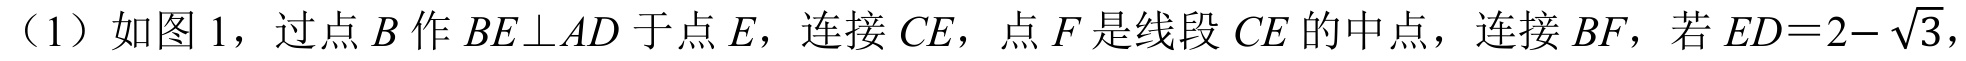
（1）如图 1，过点 \(B\) 作 \(BE\perp AD\) 于点 \(E\)，连接 \(CE\)，点 \(F\) 是线段 \(CE\) 的中点，连接 \(BF\)，若 \(ED = 2-\sqrt{3}\)，